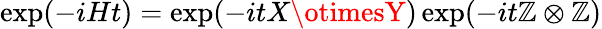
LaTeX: \exp(-iHt)=\exp(-itX\otimesY)\exp(-it\mathbb{Z}\otimes\mathbb{Z})